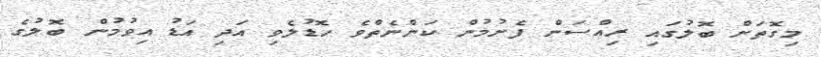
މިގޮތަށް ބޮލުގައި ރިއްސަން ފެށުމުން ކަންނެތްވެ ހޮޑުލެވި އަދި އަޑު އިވުމުން ބޮލުގެ